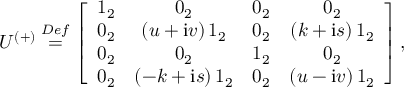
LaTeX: U ^ { \left( + \right) } \stackrel { D e f } { = } \left[ \begin{array} { c c c c } { { 1 _ { 2 } } } & { { 0 _ { 2 } } } & { { 0 _ { 2 } } } & { { 0 _ { 2 } } } \\ { { 0 _ { 2 } } } & { { \left( u + \mathrm { i } v \right) 1 _ { 2 } } } & { { 0 _ { 2 } } } & { { \left( k + \mathrm { i } s \right) 1 _ { 2 } } } \\ { { 0 _ { 2 } } } & { { 0 _ { 2 } } } & { { 1 _ { 2 } } } & { { 0 _ { 2 } } } \\ { { 0 _ { 2 } } } & { { \left( - k + \mathrm { i } s \right) 1 _ { 2 } } } & { { 0 _ { 2 } } } & { { \left( u - \mathrm { i } v \right) 1 _ { 2 } } } \end{array} \right] \mathrm { , }